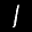
Label: 1